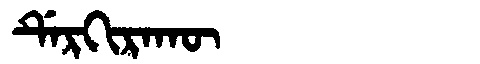
Manchu: ᡩᡝᡵᡴᡳᡵᠠᡴᡡ
Romanization: DERKIRAKŪ